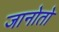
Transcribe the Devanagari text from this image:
जानोतो